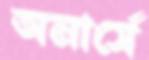
অনার্সে